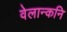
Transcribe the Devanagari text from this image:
वेलान्कनि